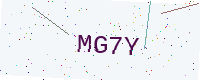
Text: MG7Y